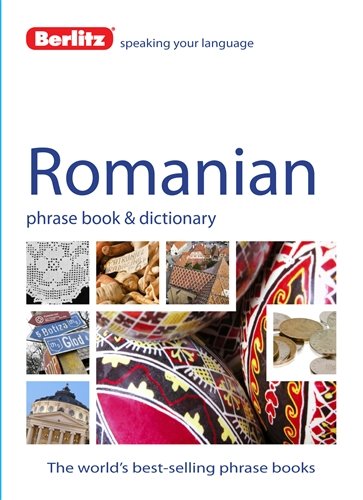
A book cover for Berlitz Romanian Phrase Book & Dictionary; Berlitz; Travel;